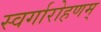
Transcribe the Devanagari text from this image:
स्वर्गारोहणम्